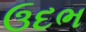
ઉદભ